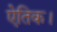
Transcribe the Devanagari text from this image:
ऐतिक।